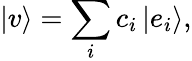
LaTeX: |v\rangle=\sum_{i}c_{i}\left|e_{i}\right\rangle,